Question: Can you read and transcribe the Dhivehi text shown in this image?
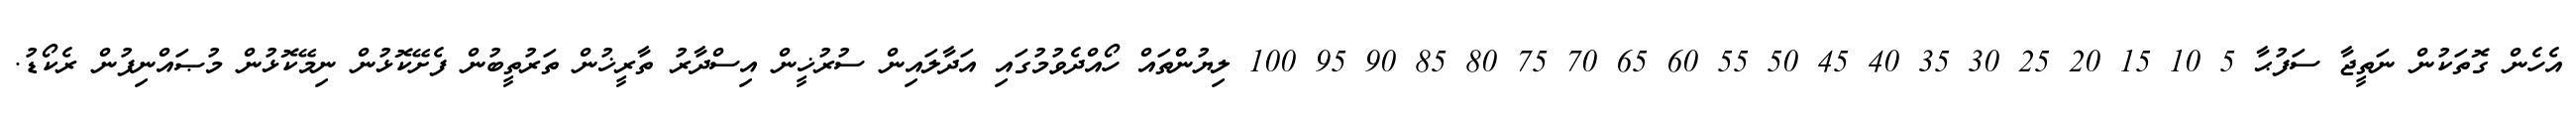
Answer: އެހެން ގޮތަކުން ނަތީޖާ ސަފުޙާ 5 10 15 20 25 30 35 40 45 50 55 60 65 70 75 80 85 90 95 100 ލިޔުންތައް ހޯއްދެވުމުގައި އަދާލައިން ސުރުޚީން އިސްދާރު ތާރީޚުން ތަރުތީބުން ފެށޭކޮޅުން ނިމޭކޮޅުން މުޞައްނިފުން ރެކޯޑު.